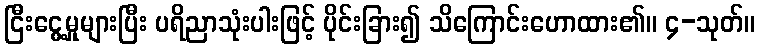
ငြီးငွေ့မှုများပြီး ပရိညာသုံးပါးဖြင့် ပိုင်းခြား၍ သိကြောင်းဟောထား၏။ ၄-သုတ်။